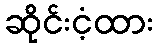
ဆိုင်းငံ့ထား